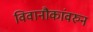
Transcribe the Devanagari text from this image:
विवानौकांवरुन